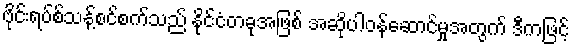
ဗိုင်းရပ်စ်သန့်စင်စက်သည် နိုင်ငံတခုအဖြစ် အဆိုပါဝန်ဆောင်မှုအတွက် ဒီကဖြင့်